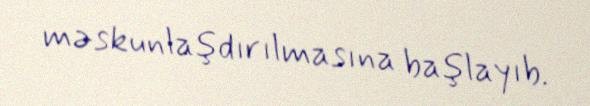
məskunlaşdırılmasına başlayıb.